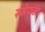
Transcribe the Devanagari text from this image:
रूसेफला